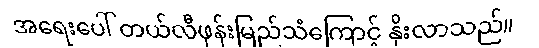
အရေးပေါ် တယ်လီဖုန်းမြည်သံကြောင့် နိုးလာသည်။